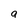
Character: a